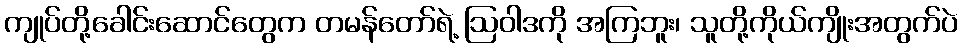
ကျုပ်တို့ခေါင်းဆောင်တွေက တမန်တော်ရဲ့ ဩဝါဒကို အကြဘူး၊ သူတို့ကိုယ်ကျိုးအတွက်ပဲ